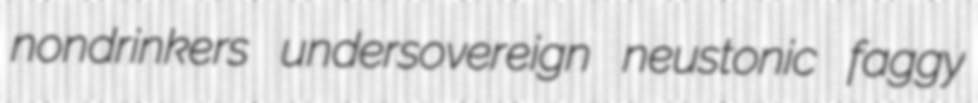
nondrinkers undersovereign neustonic faggy